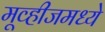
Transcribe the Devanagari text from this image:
मूव्हीजमध्ये